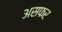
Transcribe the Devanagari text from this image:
असफर